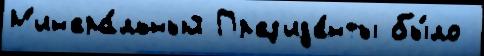
М'ин'ера́льный Пр'ез'ид'е́нты бы́ло